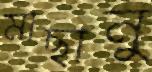
মাছানু